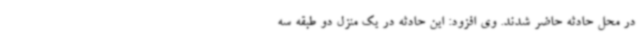
در محل حادثه حاضر شدند. وی افزود: این حادثه در یک منزل دو طبقه سه